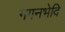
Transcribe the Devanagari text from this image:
गगनभेदि